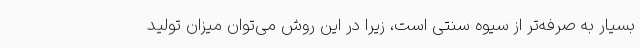
بسیار به صرفه‌تر از سیوه سنتی است، زیرا در این روش می‌توان میزان تولید